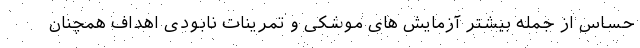
حساس از جمله بیشتر آزمایش های موشکی و تمرینات نابودی اهداف همچنان